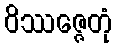
ဝိဿဇ္ဇေတုံ